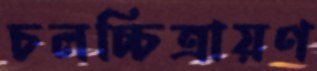
চলচ্চিত্রায়ণ